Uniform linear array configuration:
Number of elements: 16
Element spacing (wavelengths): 0.25
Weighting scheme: hann
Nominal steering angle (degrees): -45
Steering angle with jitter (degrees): -43.501
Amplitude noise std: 0.05
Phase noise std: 0.05

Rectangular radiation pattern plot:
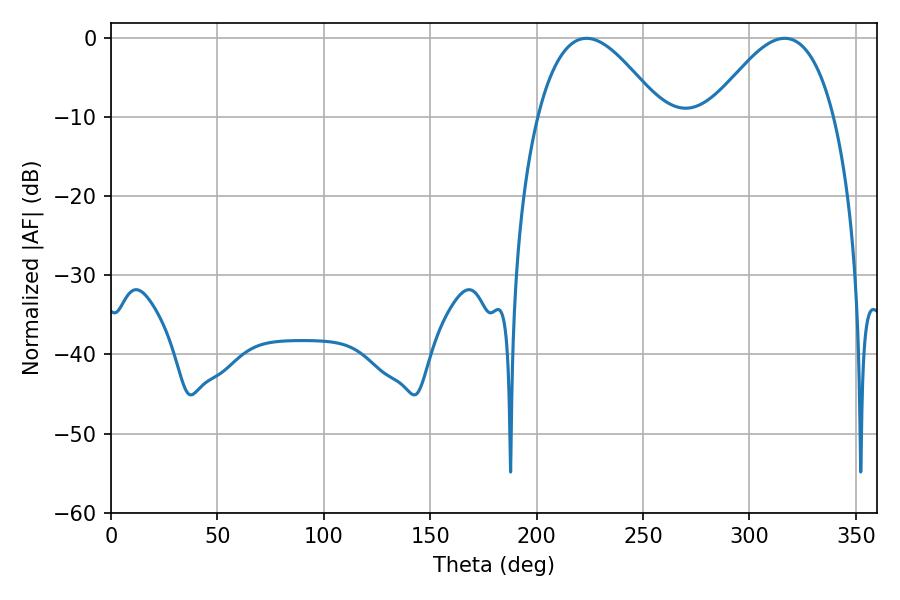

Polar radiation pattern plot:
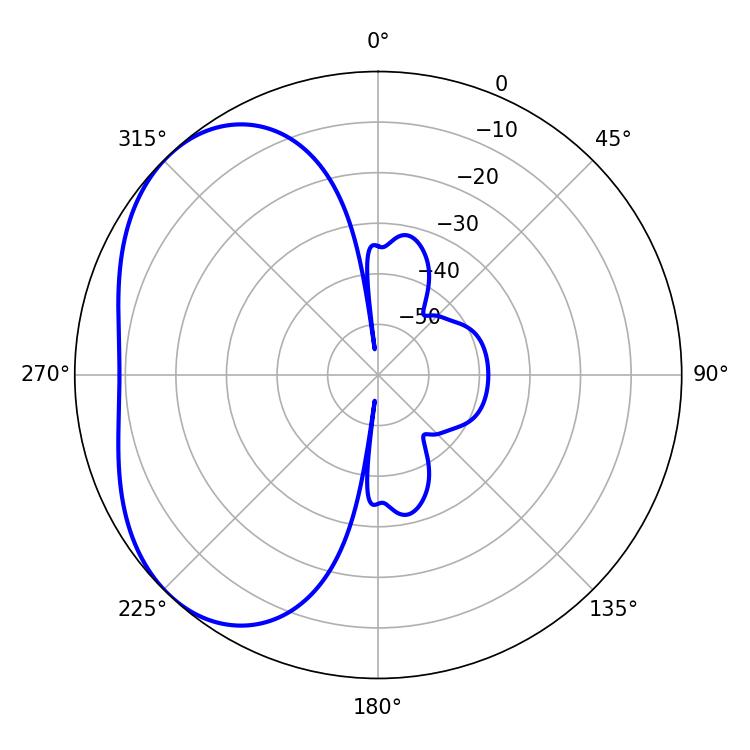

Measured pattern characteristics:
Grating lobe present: FALSE
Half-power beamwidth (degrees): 31.68
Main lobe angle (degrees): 223.38